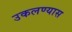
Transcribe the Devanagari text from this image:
उकलण्यास